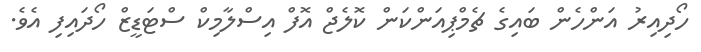
ހޯދިއިރު އަންހެން ބައިގެ ޗެމްޕިއަންކަން ކޮލެޖް އޮފް އިސްލާމިކް ސްޓަޑީޒް ހޯދައިިފި އެވެ.